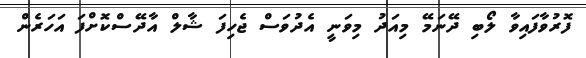
ފޮރުވާފައިވާ ލޯބި ދޭނަމޭ މިއަދު މިވަނީ އެދުވަސް ޖެހިފަ ޝާލް އާދޭސްކޮށްފަ އަހަރެން